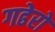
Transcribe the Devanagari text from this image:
गढेरो